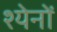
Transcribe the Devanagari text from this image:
श्येनों